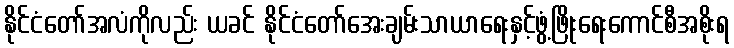
နိုင်ငံတော်အလံကိုလည်း ယခင် နိုင်ငံတော်အေးချမ်းသာယာရေးနှင့်ဖွံ့ဖြိုးရေးကောင်စီအစိုးရ